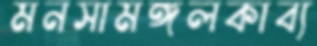
মনসামঙ্গলকাব্য